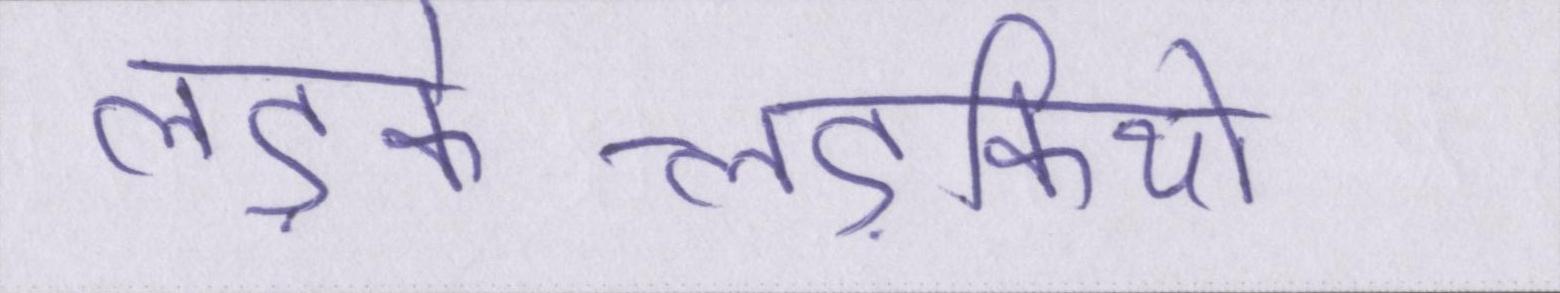
लड़के-लड़कियों